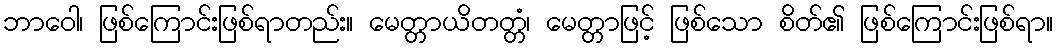
ဘာဝေါ၊ ဖြစ်ကြောင်းဖြစ်ရာတည်း။ မေတ္တာယိတတ္တံ၊ မေတ္တာဖြင့် ဖြစ်သော စိတ်၏ ဖြစ်ကြောင်းဖြစ်ရာ။